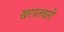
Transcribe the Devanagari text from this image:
खरपतवारी